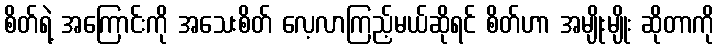
စိတ်ရဲ့ အကြောင်းကို အသေးစိတ် လေ့လာကြည့်မယ်ဆိုရင် စိတ်ဟာ အမျိုးမျိုး ဆိုတာကို